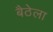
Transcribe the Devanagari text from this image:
बैठेला